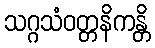
သဂ္ဂသံဝတ္တနိကန္တိ